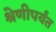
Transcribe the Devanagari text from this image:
श्रेणीपर्यंत